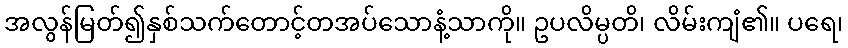
အလွန်မြတ်၍နှစ်သက်တောင့်တအပ်သောနံ့သာကို။ ဥပလိမ္ပတိ၊ လိမ်းကျံ၏။ ပရေ၊